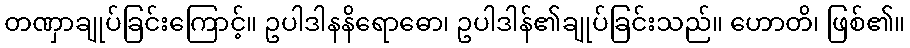
တဏှာချုပ်ခြင်းကြောင့်။ ဥပါဒါနနိရောဓော၊ ဥပါဒါန်၏ချုပ်ခြင်းသည်။ ဟောတိ၊ ဖြစ်၏။